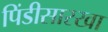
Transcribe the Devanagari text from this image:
पिंडीसारखा